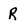
Character: R